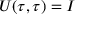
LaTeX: U ( \tau , \tau ) = I